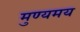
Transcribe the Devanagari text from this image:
मुण्यमय